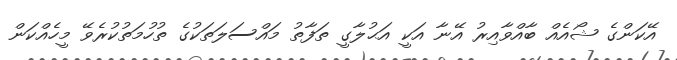
އޭކަންގެ ޝޯއެއް ބާއްވާއިރު އޭނާ އަކީ އަޙުލާގީ ތަފާތު މައްސަލަތަކުގެ ތުހުމަތުކުރެވޭ މީހެއްކަން